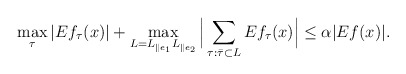
\begin{align*}\max_{\tau} |Ef_\tau(x)| + \max_{L = L_{\parallel e_1} L_{\parallel e_2 }} \Big| \sum_{\tau: \bar\tau \subset L }Ef_\tau(x) \Big| \le \alpha |Ef(x)|.\end{align*}